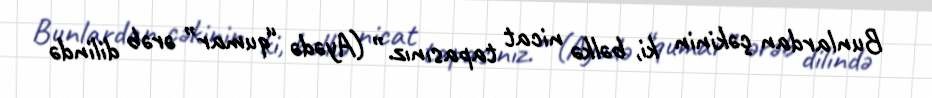
Bunlardan çəkinin ki, bəlkə nicat tapasınız.” (Ayədə “qumar” ərəb dilində